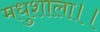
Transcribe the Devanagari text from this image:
मधुशाला।।